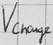
Text: Vcharge